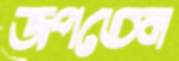
জপতেন